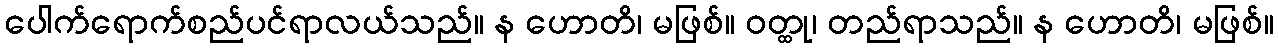
ပေါက်ရောက်စည်ပင်ရာလယ်သည်။ န ဟောတိ၊ မဖြစ်။ ဝတ္ထု၊ တည်ရာသည်။ န ဟောတိ၊ မဖြစ်။